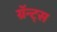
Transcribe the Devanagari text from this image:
ग्रॅन्ट्स